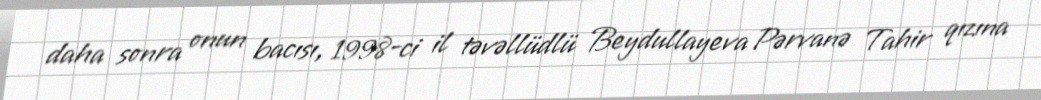
daha sonra onun bacısı, 1998-ci il təvəllüdlü Beydullayeva Pərvanə Tahir qızına